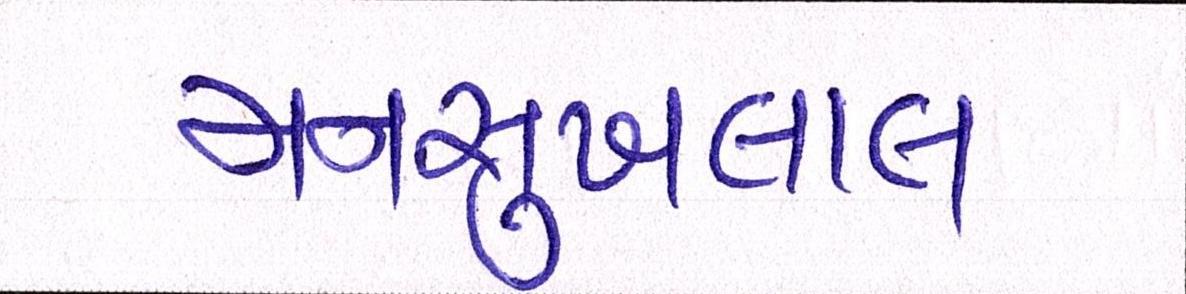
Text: મનસુખલાલ